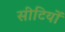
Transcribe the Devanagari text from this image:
सीटियों